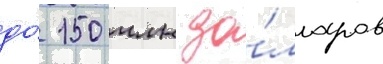
до́ 150 млн до́лларов